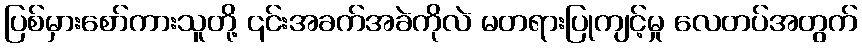
ပြစ်မှားစော်ကားသူတို့ ၎င်းအခက်အခဲကိုလဲ မတရားပြုကျင့်မှု လေတပ်အတွက်